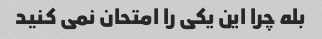
بله چرا این یکی را امتحان نمی کنید